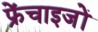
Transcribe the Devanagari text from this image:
फ्रेंचाइजों